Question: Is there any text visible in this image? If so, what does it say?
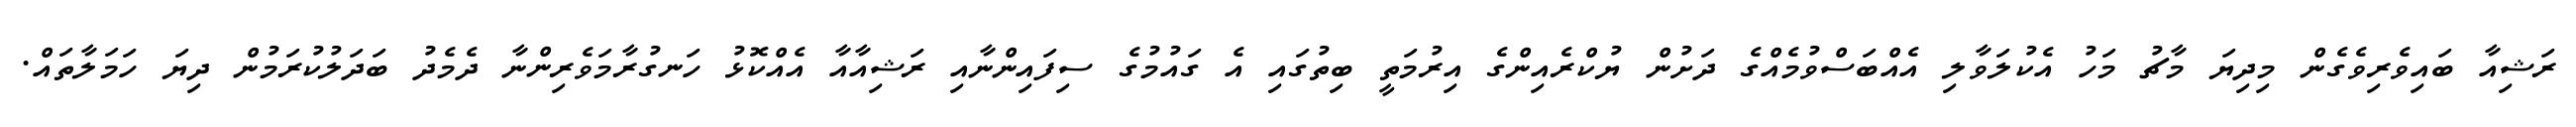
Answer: ރަޝިއާ ބައިވެރިވެގެން މިދިޔަ މާޗު މަހު އެކުލަވާލި އެއްބަސްވުމެއްގެ ދަށުން ޔުކްރެއިންގެ އިރުމަތީ ބިތުގައި އެ ގައުމުގެ ސިފައިންނާއި ރަޝިއާއާ އެއްކޮޅު ހަނގުރާމަވެރިންނާ ދެމެދު ބަދަލުކުރަމުން ދިޔަ ހަމަލާތައް.